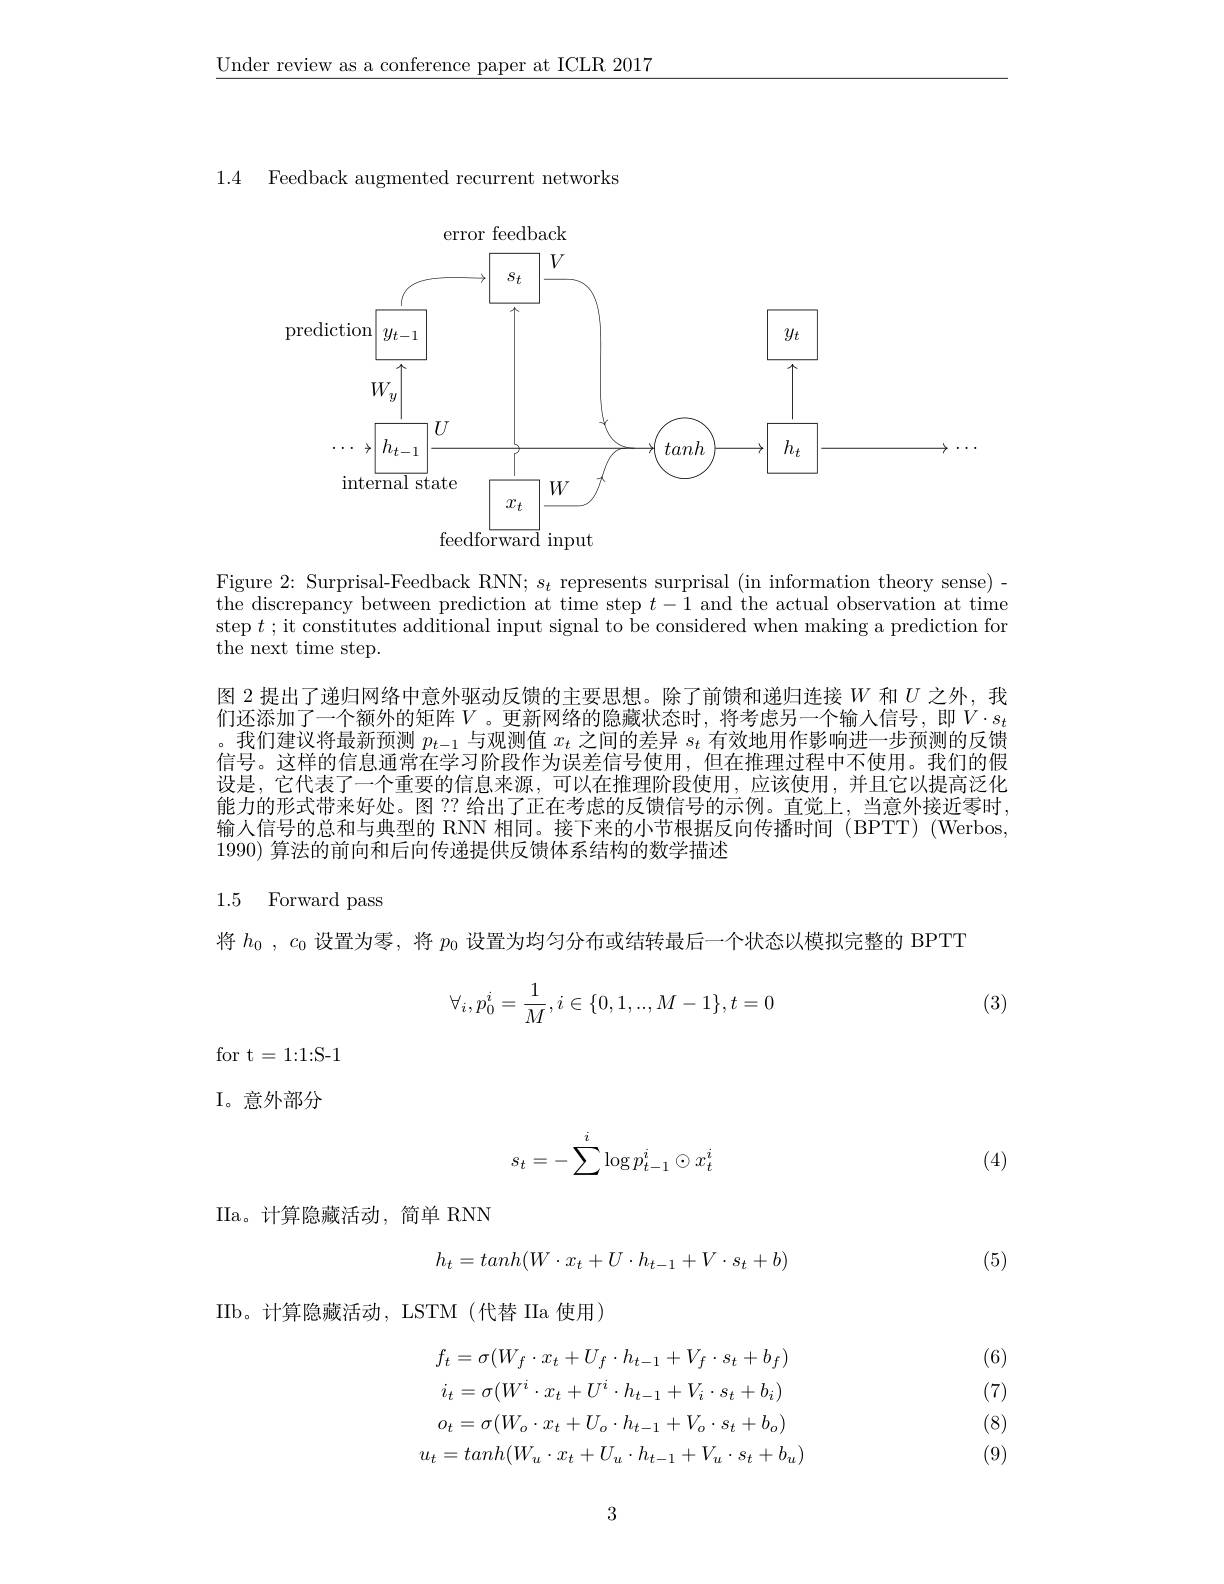
$\underline{\text{Under review as a conference paper at ICLR 2017}}$

1.4 Feedback augmented recurrent networks

<FigureHere>

Figure 2: Surprisal-Feedback RNN; $s_t$ represents surprisal (in information theory sense)- the discrepancy between prediction at time step $t-1$ and the actual observation at time step $t$ ; it constitutes additional input signal to be considered when making a prediction for the next time step.
图 2 提出了递归网络中意外驱动反馈的主要思想。除了前馈和递归连接$W$和$U$之外，我们还添加了一个额外的矩阵$V$。更新网络的隐藏状态时，将考虑另一个输人信号，即$V\cdot s_t$ 。我们建议将最新预测$p_{t-1}$与观测值$x_t$之间的差异$s_t$有效地用作影响进一步预测的反馈信号。这样的信息通常在学习阶段作为误差信号使用，但在推理过程中不使用。我们的假设是，它代表了一个重要的信息来源，可以在推理阶段使用，应该使用，并且它以提高泛化能力的形式带来好处。图 ?? 给出了正在考虑的反馈信号的示例。直觉上，当意外接近零时， 输入信号的总和与典型的 RNN 相同。接下来的小节根据反向传播时间(BPTT)(Werbos, 1990) 算法的前向和后向传递提供反馈体系结构的数学描述

## 1.5 Forward pass

将$h_0,c_0$设置为零，将$p_0$设置为均匀分布或结转最后一个状态以模拟完整的 BPTT

(3)
$$\forall_i,p_0^i=\dfrac{1}{M},i\in\{0,1,..,M-1\},t=0$$
for t=1{:}1{:}S-1

I。意外部分
$$s_t=-\sum^i\log p_{t-1}^i\odot x_t^i$$
(4)

IIa。计算隐藏活动，简单 RNN
$$h_t=tanh(W\cdot x_t+U\cdot h_{t-1}+V\cdot s_t+b)$$
(5)

IIb。计算隐藏活动，LSTM(代替 IIa 使用)

(6)

(7)
$$f_{t}=\sigma(W_{f}\cdot x_{t}+U_{f}\cdot h_{t-1}+V_{f}\cdot s_{t}+b_{f})\\i_{t}=\sigma(W^{i}\cdot x_{t}+U^{i}\cdot h_{t-1}+V_{i}\cdot s_{t}+b_{i})\\o_{t}=\sigma(W_{o}\cdot x_{t}+U_{o}\cdot h_{t-1}+V_{o}\cdot s_{t}+b_{o})\\u_{t}=tanh(W_{u}\cdot x_{t}+U_{u}\cdot h_{t-1}+V_{u}\cdot s_{t}+b_{u})$$
(8)

(9)

3